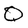
Character: Q